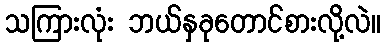
သကြားလုံး ဘယ်နှခုတောင်စားလို့လဲ။